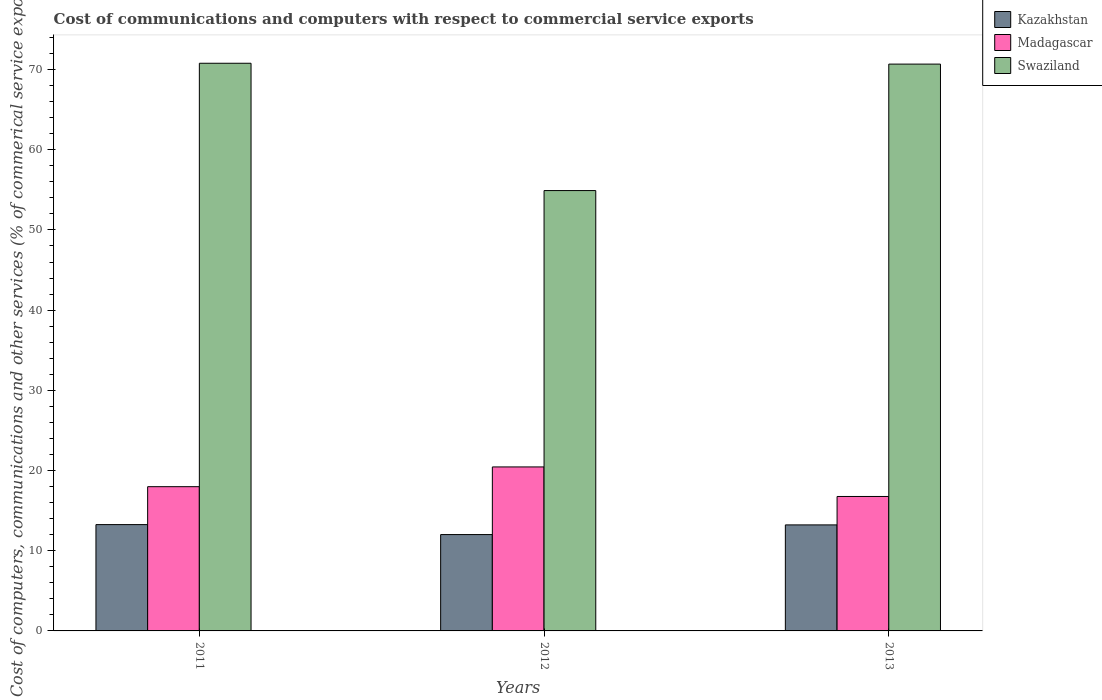
| Years | Kazakhstan | Madagascar | Swaziland |
 | --- | --- | --- | --- |
 | 2011 | 13.3 | 18 | 70.8 |
 | 2012 | 12 | 20.4 | 54.9 |
 | 2013 | 13.2 | 16.8 | 70.7 |